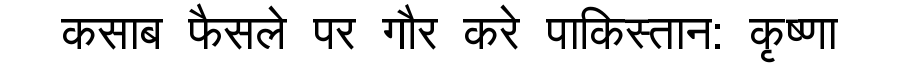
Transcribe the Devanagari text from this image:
कसाब फैसले पर गौर करे पाकिस्तान: कृष्णा